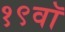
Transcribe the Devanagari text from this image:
१९वॉ